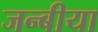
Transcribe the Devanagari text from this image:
जन्बीया